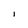
Character: I